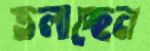
তলাচ্ছেন